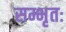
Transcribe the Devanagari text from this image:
सम्भृतः